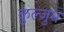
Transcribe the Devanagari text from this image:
कुल्जुम